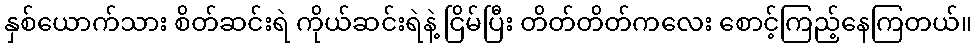
နှစ်ယောက်သား စိတ်ဆင်းရဲ ကိုယ်ဆင်းရဲနဲ့ ငြိမ်ပြီး တိတ်တိတ်ကလေး စောင့်ကြည့်နေကြတယ်။